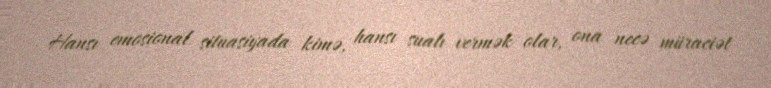
Hansı emosional situasiyada kimə, hansı sualı vermək olar, ona necə müraciət